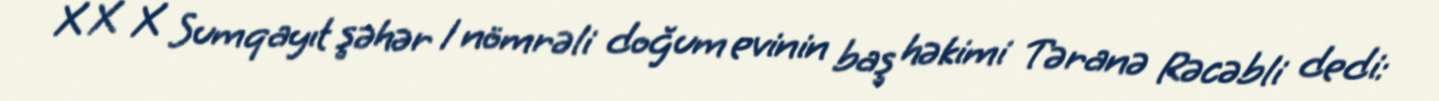
X X X Sumqayıt şəhər 1 nömrəli doğum evinin baş həkimi Təranə Rəcəbli dedi: